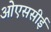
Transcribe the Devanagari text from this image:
ओएससीई